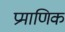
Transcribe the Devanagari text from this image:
प्रमाणिक